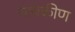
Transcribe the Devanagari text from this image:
नायकीण